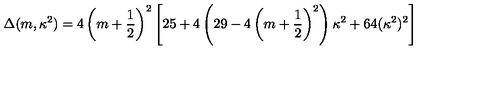
\Delta ( m , \kappa ^ { 2 } ) = 4 \left( m + \frac 1 2 \right) ^ { 2 } \left[ 2 5 + 4 \left( 2 9 - 4 \left( m + \frac 1 2 \right) ^ { 2 } \right) \kappa ^ { 2 } + 6 4 ( \kappa ^ { 2 } ) ^ { 2 } \right]